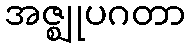
အဇ္ဈုပဂတာ